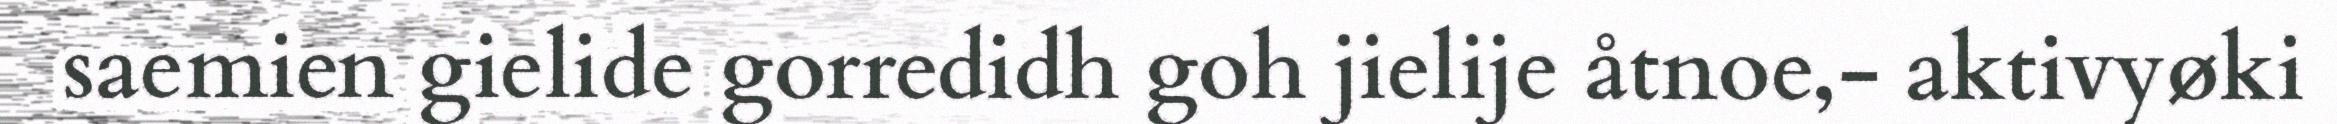
saemien gielide gorredidh goh jielije åtnoe,- aktivyøki